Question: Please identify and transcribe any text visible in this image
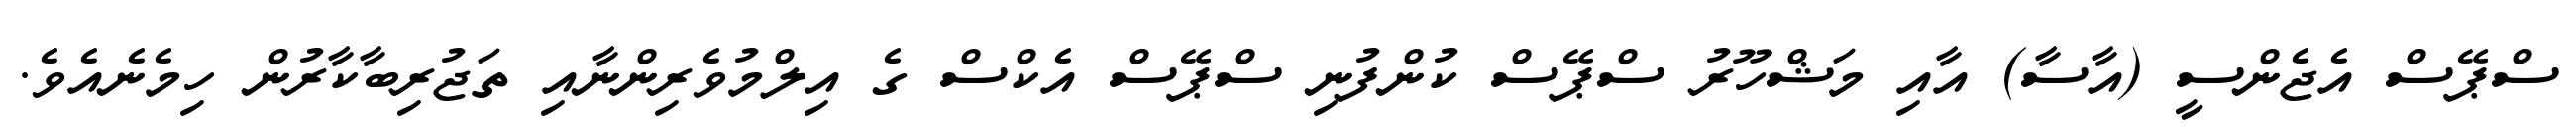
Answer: ސްޕޭސް އެޖެންސީ (އާސާ) އާއި މަޝްހޫރު ސްޕޭސް ކުންފުނި ސްޕޭސް އެކްސް ގެ އިލްމުވެރިންނާއި ތަޖުރިބާކާރުން ހިމެނެއެވެ.